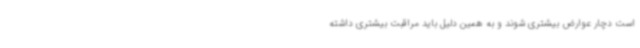
است دچار عوارض بیشتری شوند و به همین دلیل باید مراقبت بیشتری داشته